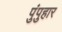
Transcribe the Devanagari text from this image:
पुंपुहार